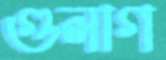
গুলাগ